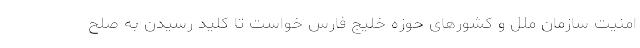
امنیت سازمان ملل و کشورهای حوزه خلیج فارس خواست تا کلید رسیدن به صلح